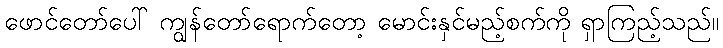
ဖောင်တော်ပေါ် ကျွန်တော်ရောက်တော့ မောင်းနှင်မည့်စက်ကို ရှာကြည့်သည်။